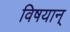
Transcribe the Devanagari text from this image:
विषयान्